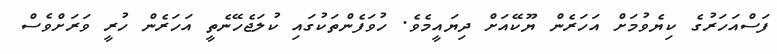
ފަސްއަހަރުގެ ކިޔެވުމަށް އަހަރެން ޔޫކޭއަށް ދިޔައީމެވެ. ހުވަފެންތަކުގައި ކުލަޖެހޭނެތީ އަހަރެން ހުރީ ވަރަށްވެސް